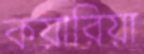
কয়ারিয়া